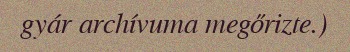
gyár archívuma megőrizte.)